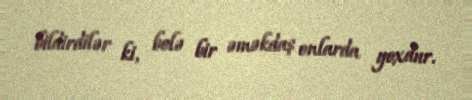
bildirdilər ki, belə bir əməkdaş onlarda yoxdur.